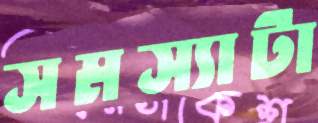
সমস্যাটা